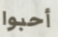
أحبوا